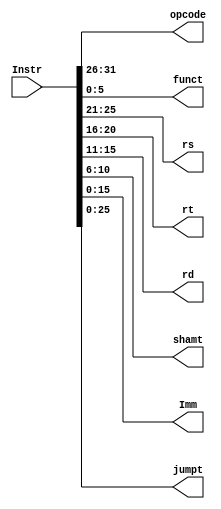
`timescale 1ns / 1ps
//////////////////////////////////////////////////////////////////////////////////
// Company: 
// Engineer: 
// 
// Design Name: 
// Module Name: MCP_Instr_Decoder
// Project Name: 
// Target Devices: 
// Tool Versions: 
// Description: 
// 
// Dependencies: 
// 
// Revision:
// Revision 0.01 - File Created
// Additional Comments:
// 
//////////////////////////////////////////////////////////////////////////////////


module MCP_Instr_Decoder    #(parameter WL = 32)
                      (input wire [WL - 1:0] Instr,
                       output reg [5:0] opcode, funct,
                       output reg [4:0] rs, rt, rd, shamt,
                       output reg [15:0] Imm,
                       output reg [25:0] jumpt);
//Deconstructs the instruction

    always @(Instr)
    begin
        // all instructions
        opcode = Instr[WL - 1: WL - 6];
        
        //R and I instr
        rs = Instr[WL - 7: WL - 11];
        rt = Instr[WL - 12: WL - 16];
        
        //R type instr
        rd      = Instr[WL - 17: WL - 21];
        shamt   = Instr[WL - 22: WL - 26];
        funct   = Instr[WL - 27: WL - 32];
        
        //I type instr
        Imm = {rd, shamt, funct};   //should concatenate correctly
        
        //j type instructions
        jumpt = {rs, rt, Imm};      //should concatenate correctly
    end
endmodule